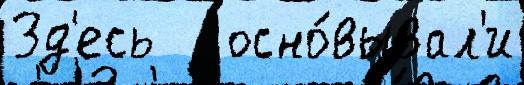
Зд'есь   осно́вывал'и